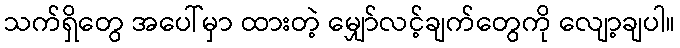
သက်ရှိတွေ အပေါ်မှာ ထားတဲ့ မျှော်လင့်ချက်တွေကို လျော့ချပါ။